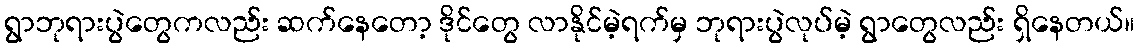
ရွာဘုရားပွဲတွေကလည်း ဆက်နေတော့ ဒိုင်တွေ လာနိုင်မဲ့ရက်မှ ဘုရားပွဲလုပ်မဲ့ ရွာတွေလည်း ရှိနေတယ်။